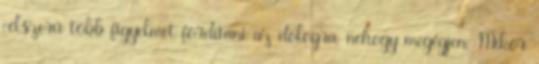
célszerű több figyelmet fordítani az dologra, nehogy megégjen. Mikor